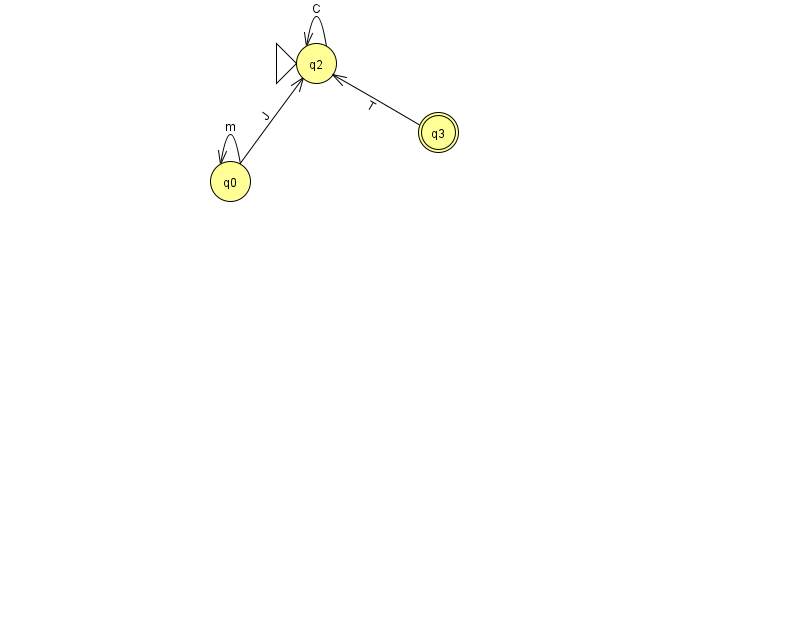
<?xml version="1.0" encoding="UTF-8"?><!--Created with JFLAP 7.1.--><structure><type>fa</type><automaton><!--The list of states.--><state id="0" name="q0"><x>230.0</x><y>168.0</y></state><state id="2" name="q2"><x>316.0</x><y>50.0</y><initial/></state><state id="3" name="q3"><x>438.0</x><y>119.0</y><final/></state><!--The list of transitions.--><transition><from>2</from><to>2</to><read>C</read></transition><transition><from>0</from><to>0</to><read>m</read></transition><transition><from>0</from><to>2</to><read>J</read></transition><transition><from>3</from><to>2</to><read>T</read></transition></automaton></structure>